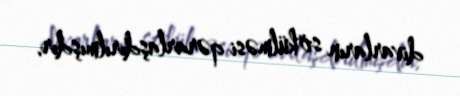
divarların sökülməsi qərarlaşdırılmışdır.